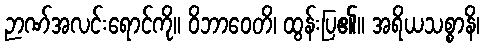
ဉာဏ်အလင်းရောင်ကို။ ဝိဘာဝေတိ၊ ထွန်းပြ၏။ အရိယသစ္စာနိ၊